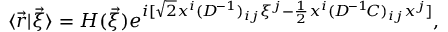
\langle \vec { r } | \vec { \xi } \rangle = H ( \vec { \xi } ) e ^ { i [ \sqrt { 2 } x ^ { i } ( D ^ { \! - 1 } ) _ { i j } \xi ^ { j } - \frac { 1 } { 2 } x ^ { i } ( D ^ { \! - 1 } \! C ) _ { i j } x ^ { j } ] } ,